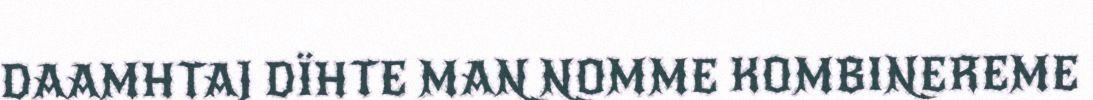
DAAMHTAJ DÏHTE MAN NOMME KOMBINEREME